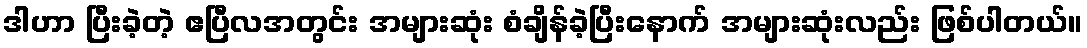
ဒါဟာ ပြီးခဲ့တဲ့ ဧပြီလအတွင်း အများဆုံး စံချိန်ခဲ့ပြီးနောက် အများဆုံးလည်း ဖြစ်ပါတယ်။